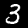
Label: 3